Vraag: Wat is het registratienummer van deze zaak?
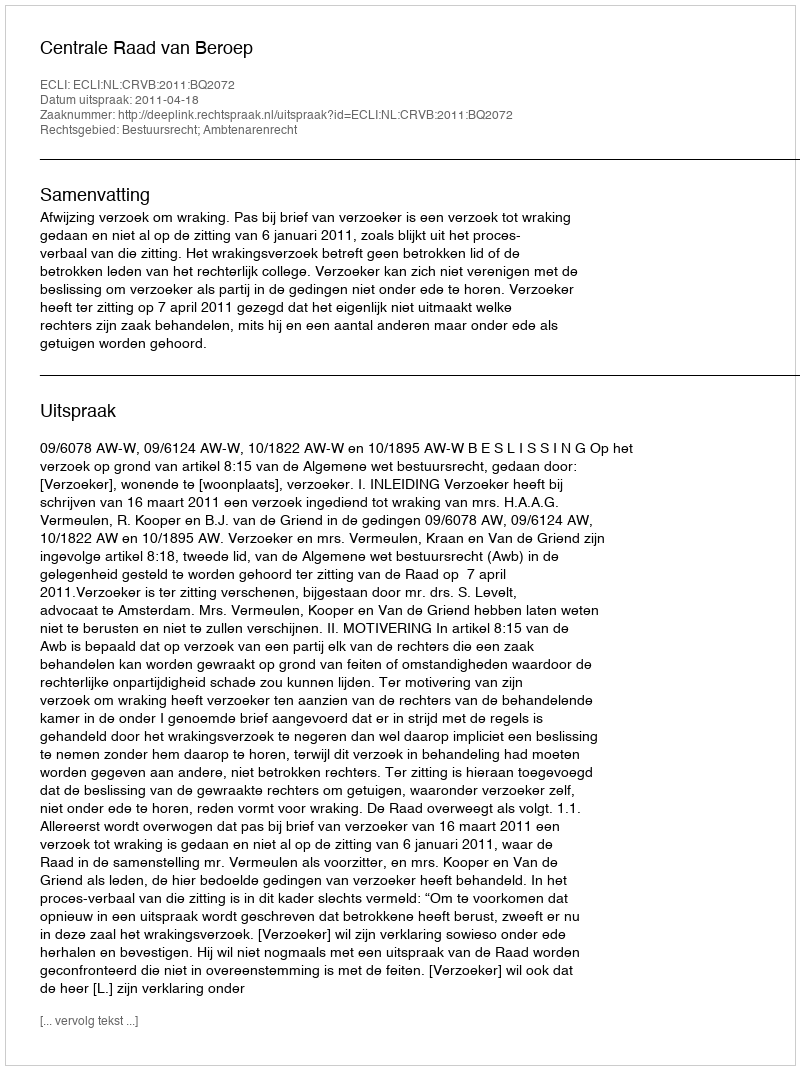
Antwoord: http://deeplink.rechtspraak.nl/uitspraak?id=ECLI:NL:CRVB:2011:BQ2072